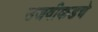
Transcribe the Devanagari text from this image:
उजवीकडचे